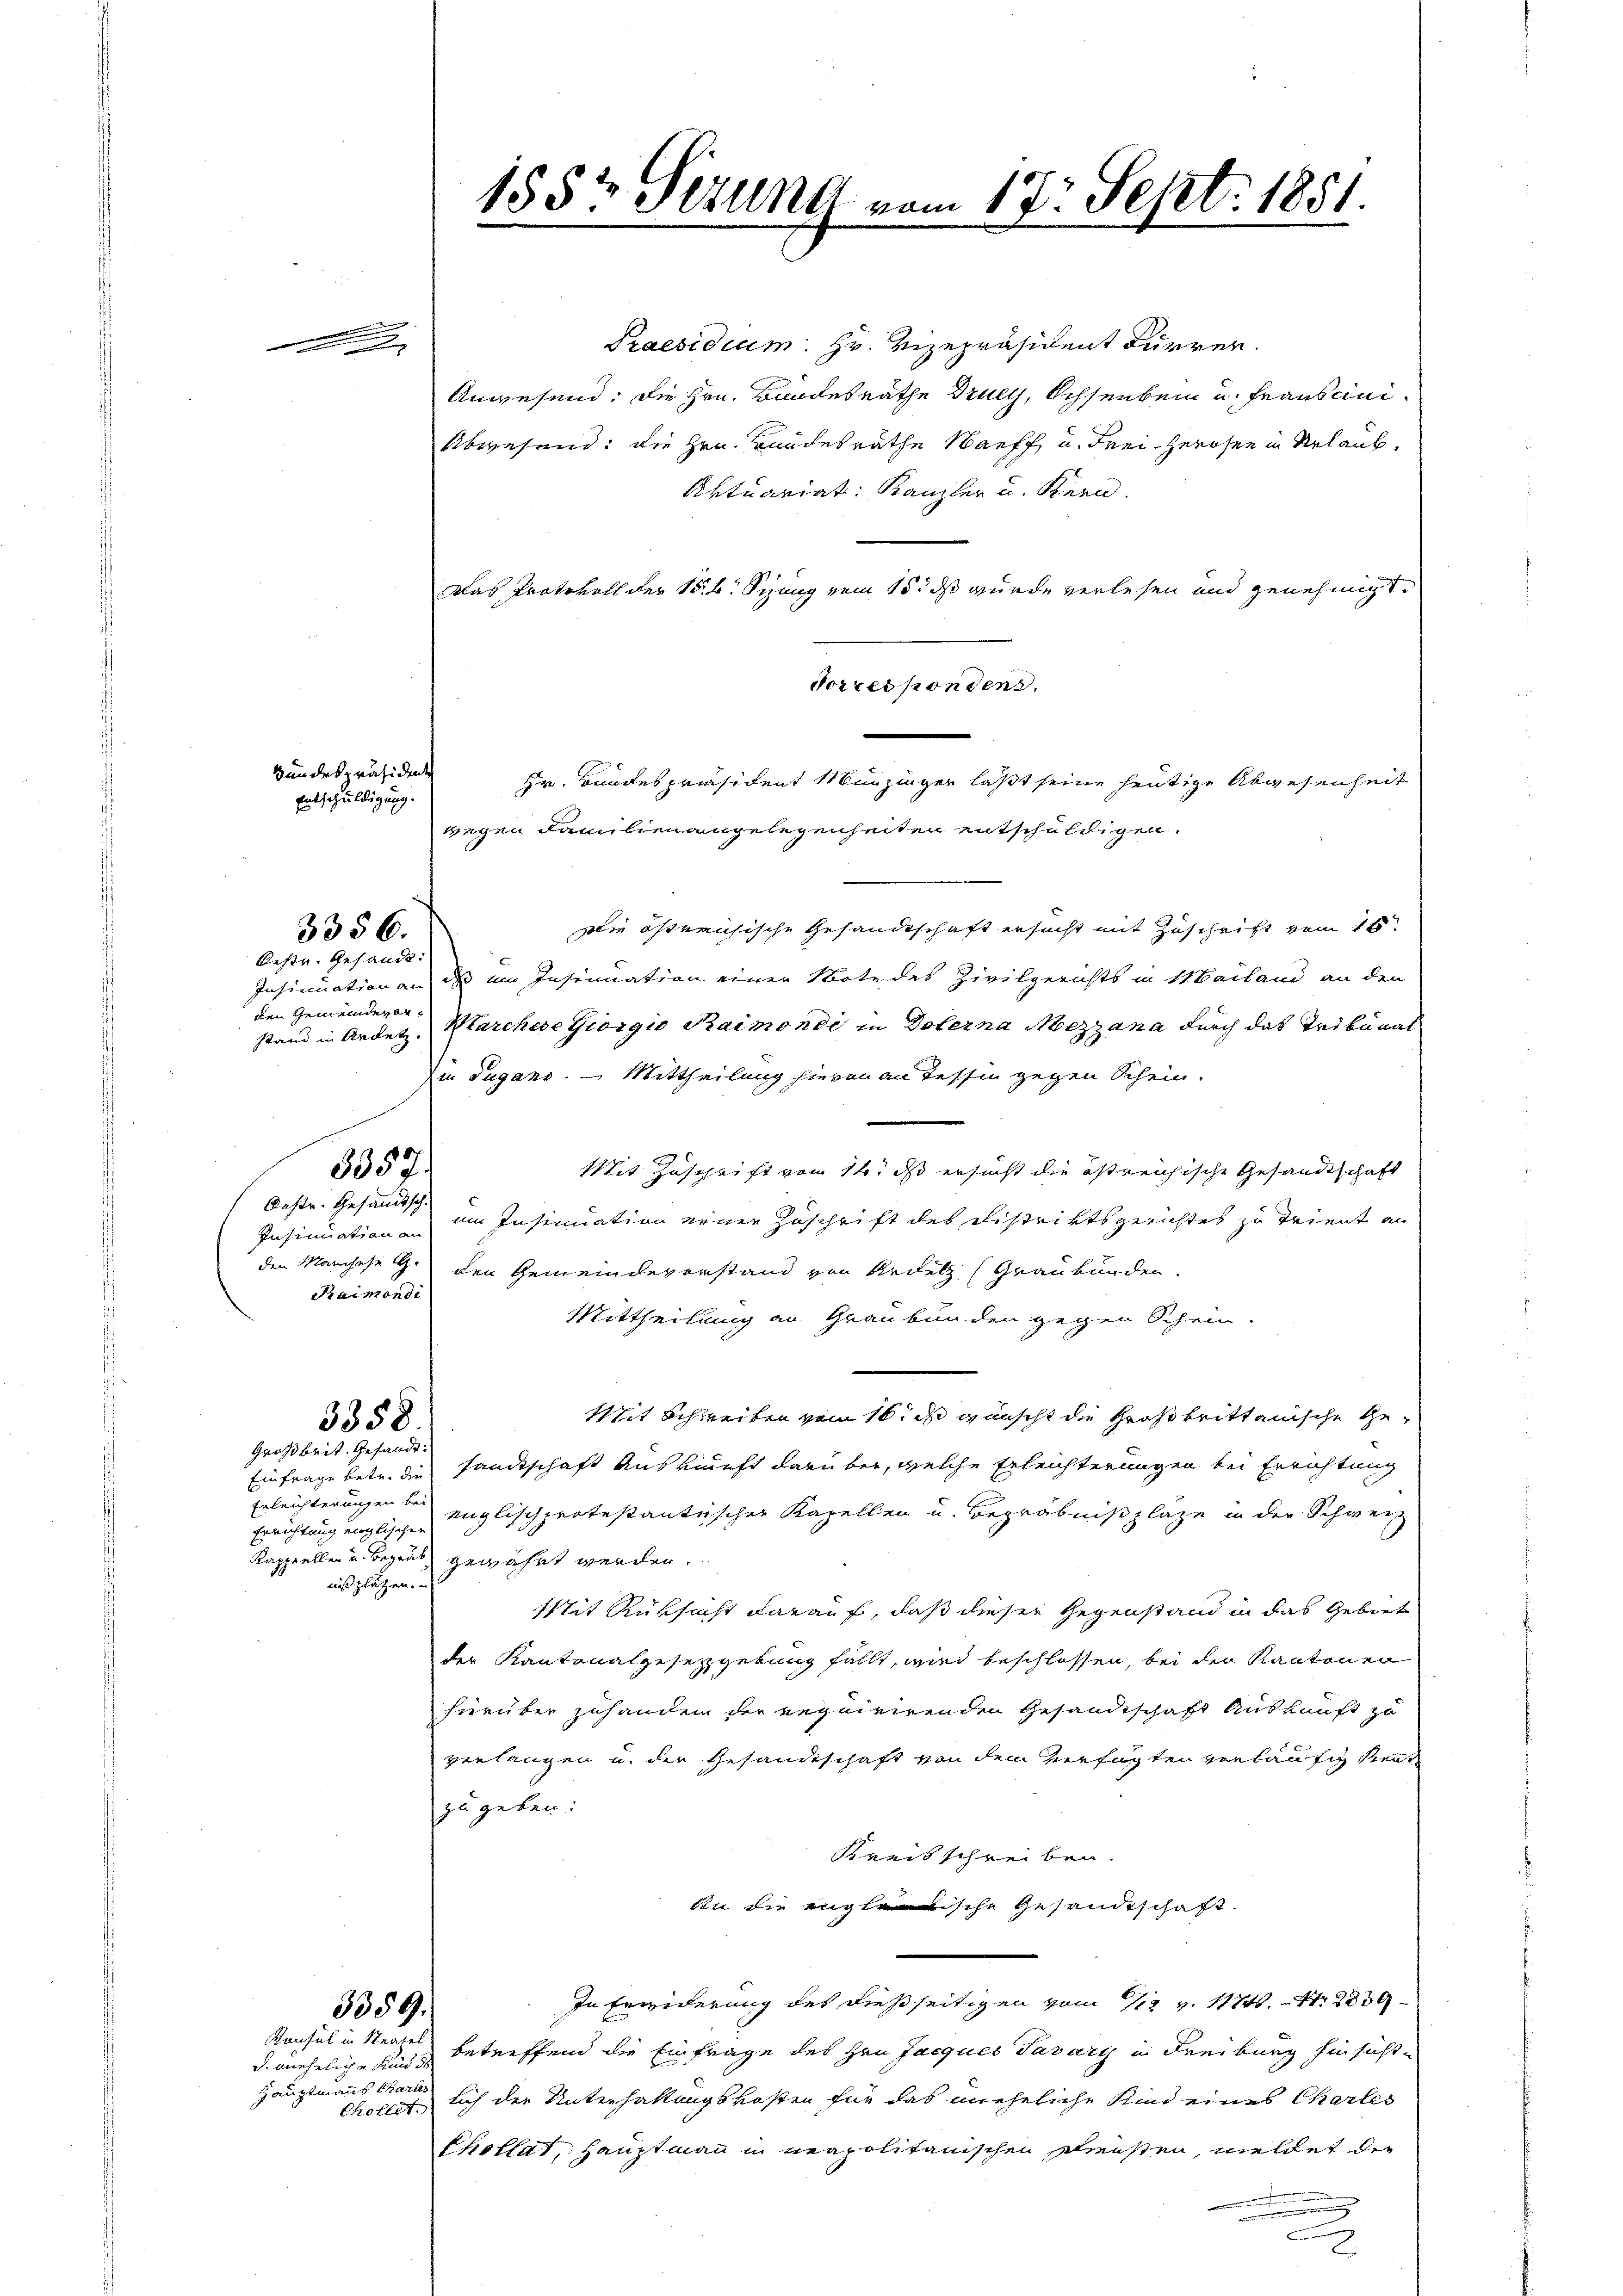
3357.
Oestr. Gesandtsch
Raimendi

Bundespräsidente

.

Entschuldigung.

Oestr. Gesandt.
den Gemeindevor¬

3356.

3358.
Großbrit. Gesandt.

Erleichterungen bei
nißplätzen.

S. uneheliche Kind de
Hauptmanns Chartes

3359.

Praesidium. Hr. Vizepräsident Furrer.
Anwesend: Die Hrn. Bandesrathe Drucy, Ochsenbein u. Francini¬
Abwesend: die Hrn. Bandesrathe Harff u. Frei-Zerosen in Relaub¬
Aktuariat: Kanzler u. Kern.
Das Protokoll der N. B. Schang vom 15. ds wurde verlesen und genehmigt.
Forresponden.
Hr. Bundespräsident Münzinger läßt seine heutige Abwesenheit
wegen Familien angelegenheiten entschuldigen.
Die östreichische Gesandtschaft ersucht mit Zuschrift vom 16.
Insinuation an, dass ein Insinuation einer Note des Zivilgerichts in Mailand an den
stand in Andet, Marchere Giorgio Kaimondi in Dolerna Mezzana durch das Tribunal
Die Dugans. — Mittheilung hievon an Tessin gegen Schein.
Mit Zuschrift von 14. ds ersucht die östreichische Gesandtschaft
Insinuation an im Insinuation einer Zuschrift des Distriktsgerichtes zu Trient an
den Marchese G. den Gemeindevorstand von Arnetz (Graubünden.
Mittheilung an Graubünden gegen Schein.
Mit Schreiben vom 16. ds wünscht die Großbrittanische Ge¬
Einfrage betr. die Hanckschaft Auskunft darüber, welche Erleichterungen bei Errichtung
Errichtung englischen englischprotestantischer Kapellen u. Begräbnißpläge in der Schweiz
Kappellen und Bezug gewährt werden.
Mit Rüksicht darauf, daß dieser Gegenstand in das Gebiet
der Kantonalgesetzgebung fällt, wird beschlossen, bei den Kantonen
hierüber zuhanden der Requirirenden Gesandtschaft Auskunft zu
verlangen u. der Gesandtschaft von dem Verfügten verläufig Rent
zu geben:
Kreisschreiben.
din die englische Gesandtschaft.
In Erwiderung des dießseitigen vom 112 v. 17. 41. 2239
Konsul in Neapel betreffend die Einfrage des Hrn Jacques Tavary in Freiburg hinsichte
chollet, sich der Unterhaltungskosten für das uneheliche Kind eines Chartes
Chollat, Hauptmann in neapolitanischen streusten, meldet die
.
.

155t Setung vom 18. Sept. 1851.